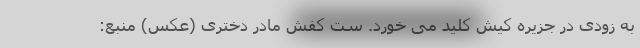
به زودی در جزیره کیش کلید می خورد. ست کفش مادر دختری (عکس) منبع: